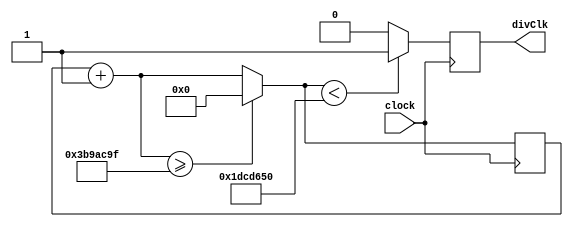
`timescale 1ns / 1ps
//////////////////////////////////////////////////////////////////////////////////
/* This program was written by Claire Seidel, a student at Texas A&M University, for her capstone project. */
//////////////////////////////////////////////////////////////////////////////////


module clock_divider(clock, divClk);
    input clock; // built-in reference clock; 125 MHz
    output divClk; // output new clock at the desired frequency 
    reg divClk;
    
    parameter divisor = 32'd62500000; // 125000000 / 62500000 = 2 Hz
    reg[31:0] divCount = 32'd0;// counter 
    
    /* This loop calculates the new clock by assigning the new clock the value of the reference clock if less than the divisor divided by two. 
    Then, the process repeats. */ 
    always@(posedge clock) begin 
        divCount = divCount + 32'd1; // increment count by 1
        if (divCount >= (divisor - 1)) begin 
            divCount = 32'd0; // reset count
        end
        divClk <= (divCount<(divisor/2))?1'b1:1'b0; // assign new clock to one if less than is true; assign to zero otherwise
    end
    
endmodule